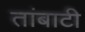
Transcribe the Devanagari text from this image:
तांबाटी